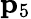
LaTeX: {\mathbf p}_{5}